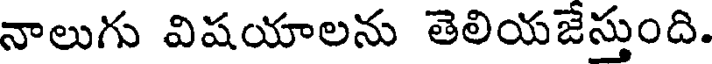
నాలుగు విషయాలను తెలియజేస్తుంది.